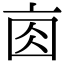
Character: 𠅓